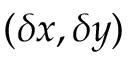
( \delta x , \delta y )